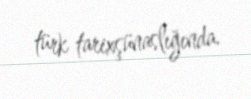
türk tarixşünaslığında.